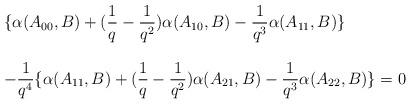
LaTeX: \begin{align*}\begin{array}{l}\lbrace \alpha(A_{00},B)+(\dfrac{1}{q}-\dfrac{1}{q^2})\alpha(A_{10},B)-\dfrac{1}{q^3}\alpha(A_{11},B)\rbrace\\\\-\dfrac{1}{q^4}\lbrace \alpha(A_{11},B)+(\dfrac{1}{q}-\dfrac{1}{q^2})\alpha(A_{21},B)-\dfrac{1}{q^3}\alpha(A_{22},B)\rbrace=0\end{array}\end{align*}